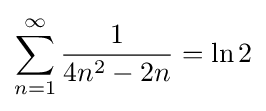
\sum _{n=1}^{\infty }{\frac {1}{4n^{2}-2n}}=\ln 2